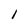
Character: l